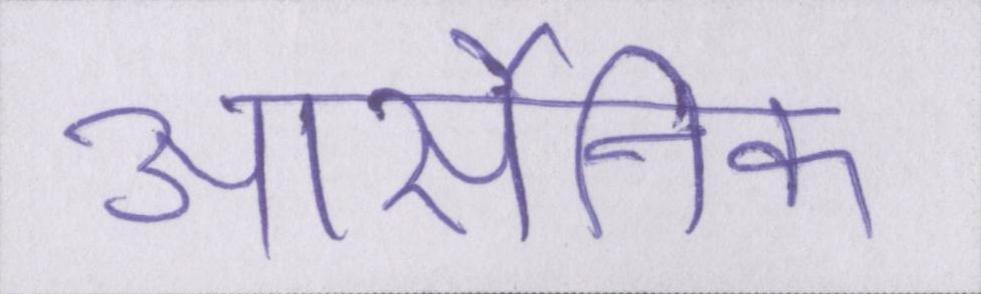
आर्सेनिक